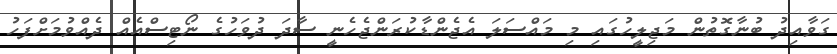
ގަވާއިދު ބުނާގޮތުން މަޖިލީހުގައި މި މައްސަލަ އެޖެންޑާކުރަންޖެހެނީ ސާދަ ދުވަހުގެ ނޯޓިސްއެއް ދެއްވުމަށްފަހު